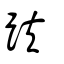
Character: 趺